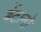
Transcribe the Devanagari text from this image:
बेंटानो